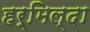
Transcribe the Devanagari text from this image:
हर्मिल्दा